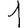
Digit: 1